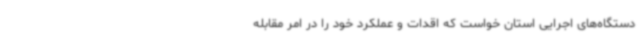
دستگاه‌های اجرایی استان خواست که اقدات و عملکرد خود را در امر مقابله